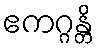
ဧကဂ္ဂန္တိ